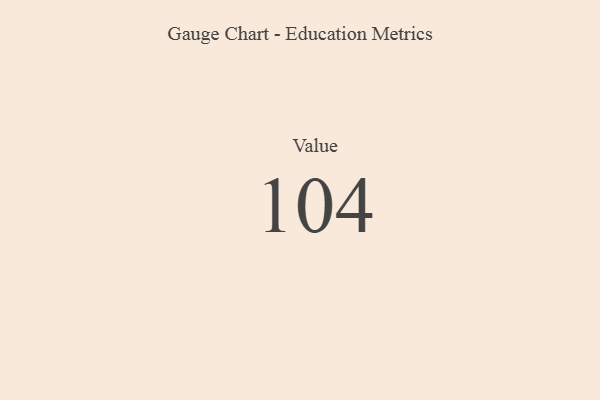
{"axis": {"x": "Metric", "y": "Value"}, "legend": [""], "data": [{"x": "Value", "y": 104, "type": ""}]}